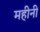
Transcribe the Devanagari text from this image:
महीनी